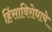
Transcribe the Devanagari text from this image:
हिंसाविरोधाचे